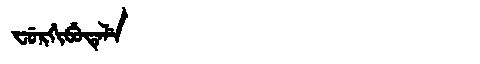
Manchu: ᠸᡠᡵᡤᡳᠪᡠᡨᡝᠯᡝ
Romanization: FURGIBUTELE